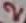
Text: 2